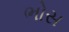
ભોસ